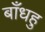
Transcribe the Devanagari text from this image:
बाँधहु